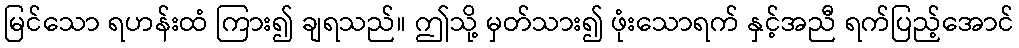
မြင်သော ရဟန်းထံ ကြား၍ ချရသည်။ ဤသို့ မှတ်သား၍ ဖုံးသောရက် နှင့်အညီ ရက်ပြည့်အောင်